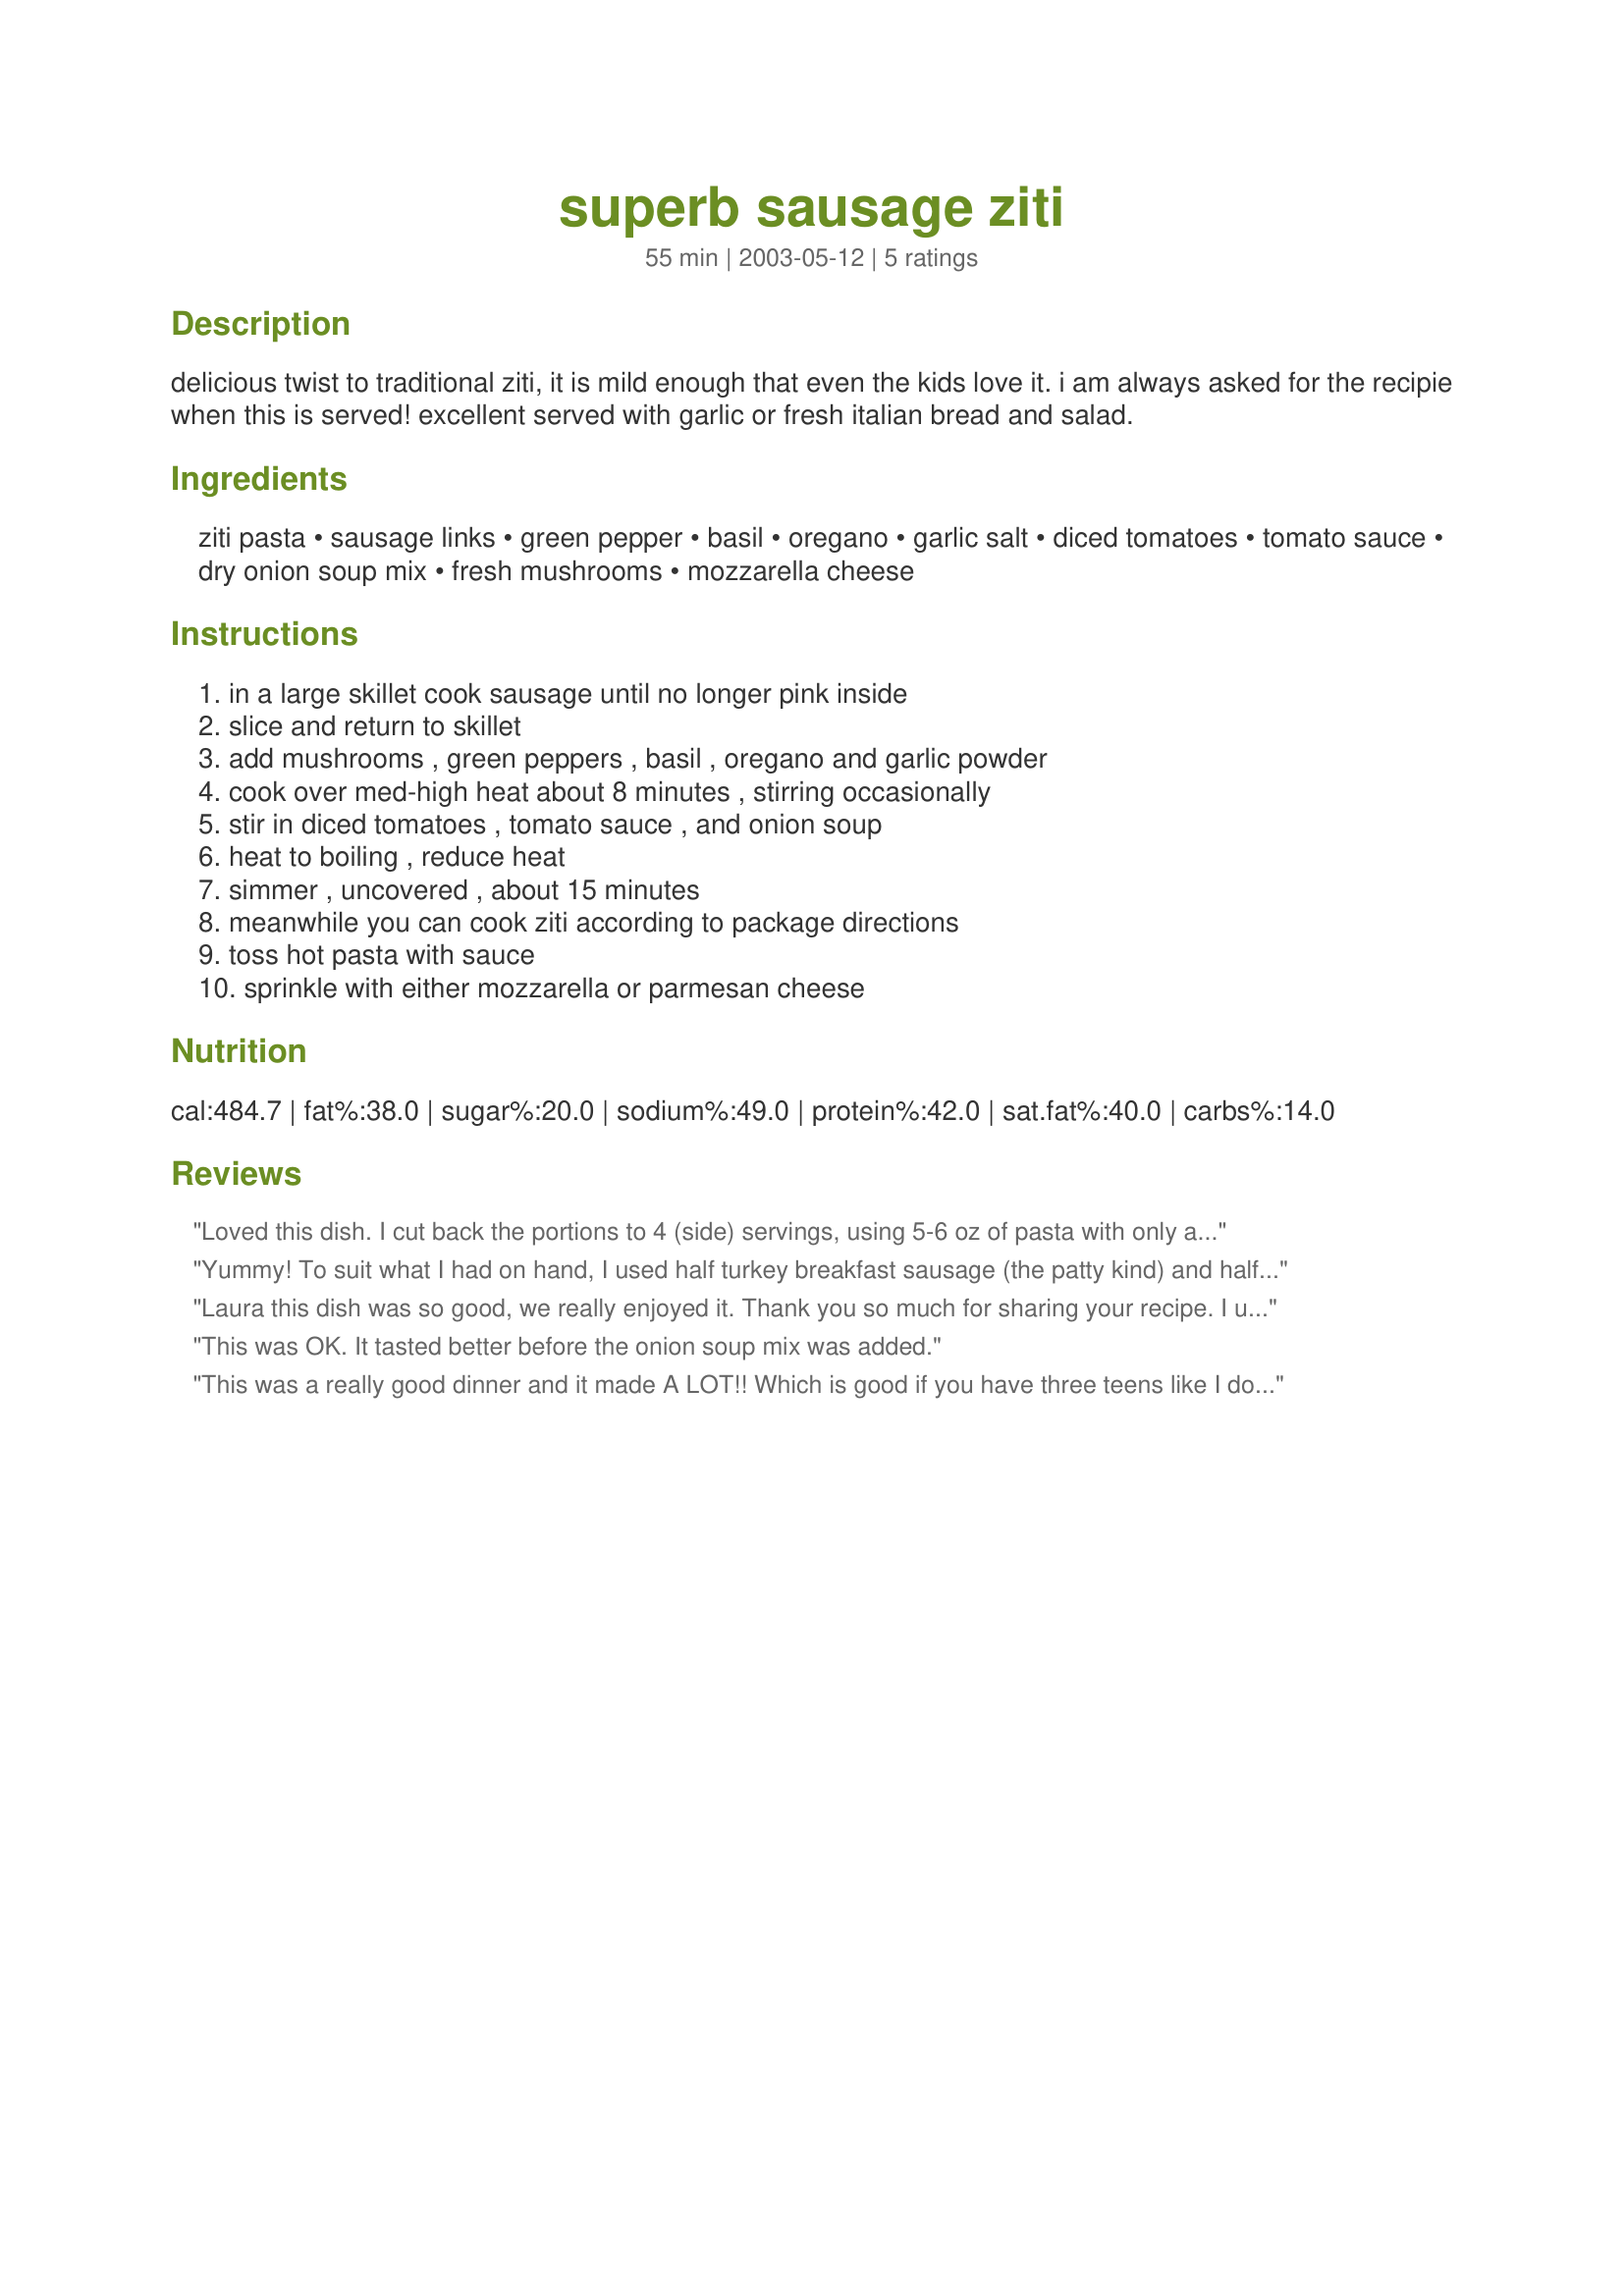
superb sausage ziti
Preparation time: 55 minutes

delicious twist to traditional ziti, it is mild enough that even the kids love it. i am always asked for the recipie when this is served! excellent served with garlic or fresh italian bread and salad.

Ingredients:
ziti pasta, sausage links, green pepper, basil, oregano, garlic salt, diced tomatoes, tomato sauce, dry onion soup mix, fresh mushrooms, mozzarella cheese

Steps:
in a large skillet cook sausage until no longer pink inside, slice and return to skillet, add mushrooms , green peppers , basil , oregano and garlic powder, cook over med-high heat about 8 minutes , stirring occasionally, stir in diced tomatoes , tomato sauce , and onion soup, heat to boiling , reduce heat, simmer , uncovered , about 15 minutes, meanwhile you can cook ziti according to package directions, toss hot pasta with sauce, sprinkle with either mozzarella or parmesan cheese

Reviews:
Loved this dish. I cut back the portions to 4 (side) servings, using 5-6 oz of pasta with only about 4 oz of meat. Ended up sub'ng pepperoni for the sausage. The only thing I wasn't sure on is the garlic seasoning, ingredients said to use garlic salt & instructions said garlic powder... I chose the powder & it worked. Quick, easy & tasty, thanks for sharing.
Yummy! To suit what I had on hand, I used half turkey breakfast sausage (the patty kind) and half smoked chicken kielbasa-type sausage. Great stuff and easy to make. I brought it to a barbecue and everyone scarfed it down. Thanks!
Laura this dish was so good, we really enjoyed it. Thank you so much for sharing your recipe. I used fresh sweet onions, sweet red peppers, canned mushrooms, parmesean cheese and hot italian sausage because that's what I had on hand. My family likes pasta hot and spicy so I also added 2 tsp's each of dijon mustard and red hot sauce. I can't wait to try this sauce in lasgnea.
This was OK. It tasted better before the onion soup mix was added.
This was a really good dinner and it made A LOT!! Which is good if you have three teens like I do, there was even some left over! Which never happens in my house. Thank you for a great new dinner.
